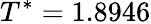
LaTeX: T^{*}=1.8946